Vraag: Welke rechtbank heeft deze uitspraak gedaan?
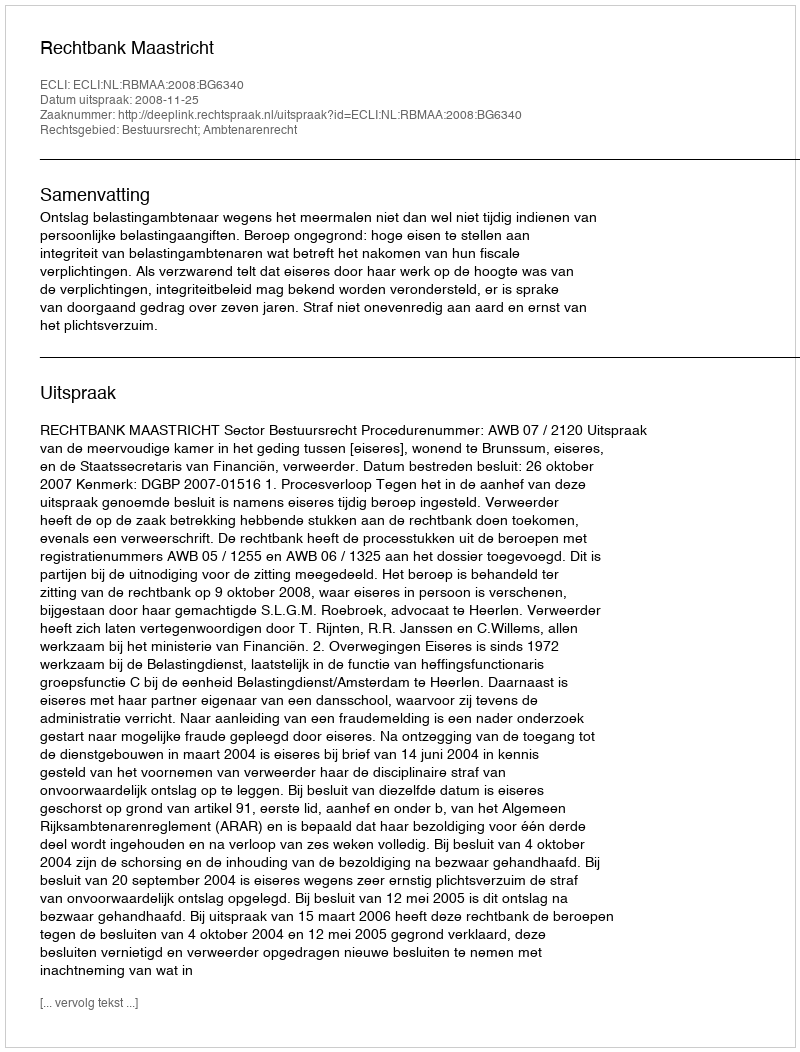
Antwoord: Rechtbank Maastricht